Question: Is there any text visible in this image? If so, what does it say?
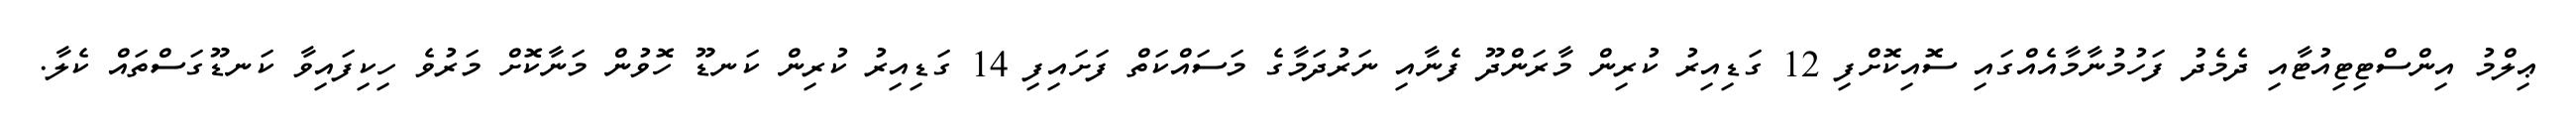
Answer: ޢިލްމު އިންސްޓިޓިއުޓާއި ދެމެދު ފަހުމުނާމާއެއްގައި ސޮއިކޮށްފި 12 ގަޑިއިރު ކުރިން މާރަންދޫ ފެނާއި ނަރުދަމާގެ މަސައްކަތް ފަށައިފި 14 ގަޑިއިރު ކުރިން ކަނޑޫ ހޮވުން މަނާކޮށް މަރުވެ ހިކިފައިވާ ކަނޑޫގަސްތައް ކެލާ.